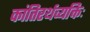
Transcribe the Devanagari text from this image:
कांतिरर्थव्यक्तिः